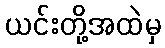
ယင်းတို့အထဲမှ